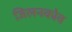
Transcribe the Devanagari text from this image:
जिलनकोव